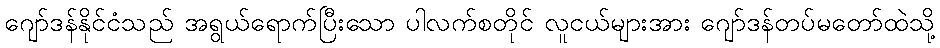
ဂျော်ဒန်နိုင်ငံသည် အရွယ်ရောက်ပြီးသော ပါလက်စတိုင် လူငယ်များအား ဂျော်ဒန်တပ်မတော်ထဲသို့